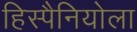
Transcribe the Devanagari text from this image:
हिस्पैनियोला